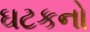
ઘટકનો